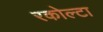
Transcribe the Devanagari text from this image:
रकोल्टा